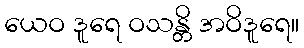
ယေဝ ဒူရေ ဝသန္တိ အဝိဒူရေ။